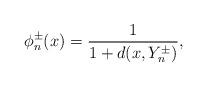
LaTeX: \begin{align*}\phi_n^{\pm}(x) = \frac{1}{1+d(x,Y_n^{\pm})},\end{align*}